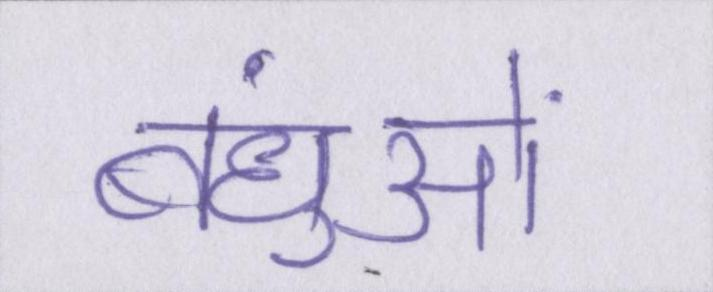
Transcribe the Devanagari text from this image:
बंधुओं